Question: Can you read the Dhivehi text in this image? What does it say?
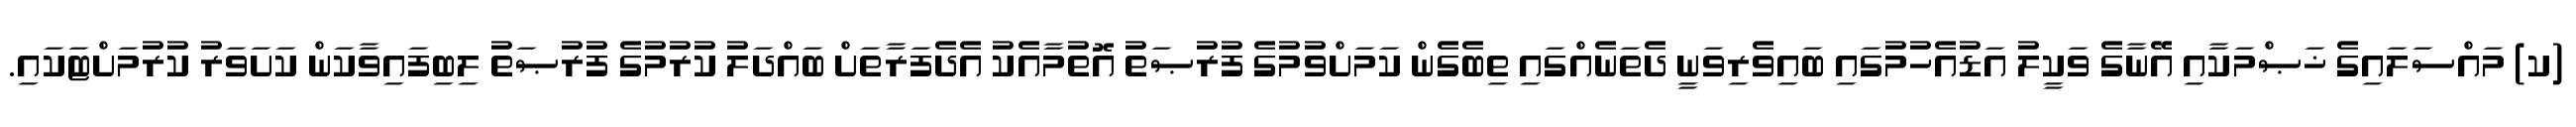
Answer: (ކ) މައްސަލައިގެ ޚަޞްމަކާއި އޭނާގެ ވަކީލު އަޑުއެހުމުގައި ބައިވެރިވަނީ ދެތަނެއްގައި ތިބެގެން ކަމަށްވުމުގެ ފުރުޞަތު އޮތުމާއެކު އެދެފަރާތަށް ބައްދަލު ކުރުމުގެ ފުރުޞަތު ލިބިފައިވާކަން ކަށަވަރު ކުރުމަށްޓަކައި.